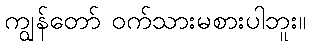
ကျွန်တော် ဝက်သားမစားပါဘူး။